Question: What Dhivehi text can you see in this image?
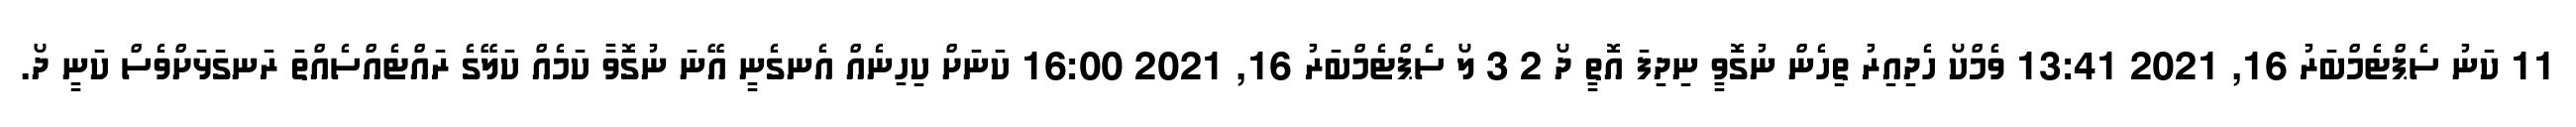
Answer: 11 ކަނު ސެޕްޓެމްބަރު 16, 2021 13:41 ވެމްކޯ ހެދިއިރު ތިހެން ނުގޮވީ ނިދިފަ އޮތީ ދޯ 2 3 ލޯ ސެޕްޓެމްބަރު 16, 2021 16:00 ކަނަށް ކިހިނެއް އެނގެނީ އޭނަ ނުގޮވާ ކަމެއް ކަލޭގެ ރައްޓެއްސެއްތަ ރަނގަޅަށްވެސް ކަނީ ދޯ.